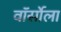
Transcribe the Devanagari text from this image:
वॉर्सोला